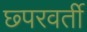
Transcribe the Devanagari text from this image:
छ्परवर्ती